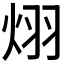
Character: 𪸪